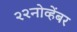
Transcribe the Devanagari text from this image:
२२नोव्हेंबर